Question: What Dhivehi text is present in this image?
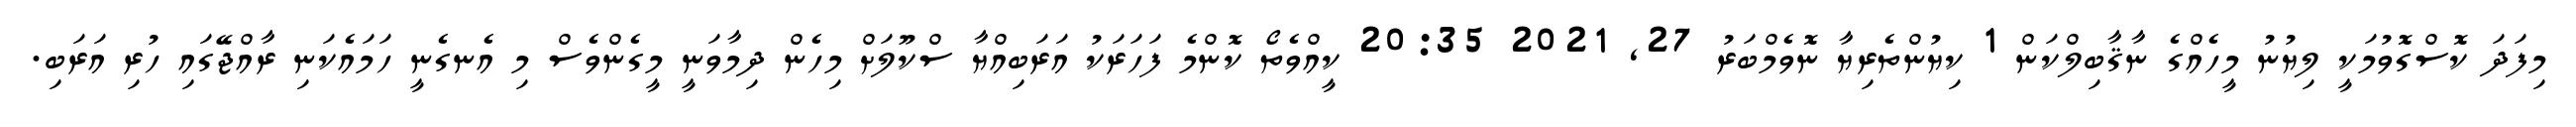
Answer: މިފަދަ ކޮސްގޮވުމަކީ ލިޔުނު މީހެއްގެ ނާޤާބިލްކަން 1 ކިޔުންތެރިޔާ ނޮވެމްބަރު 27, 2021 20:35 ކީއްވެތޯ ކޮންމެ ފަހަރަކު އަރަބިއްޔާ ސްކޫލަށް މިހެން ދިމާވަނީ މީގެންވެސް މި އެނގެނީ ހަމައެކަނި ރާއްޖޭގައި ހުރި އަރަބި.